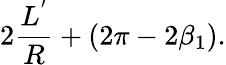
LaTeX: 2\frac{L^{'}}{R}+(2\pi-2\beta_{1}).